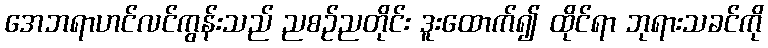
အေဘရာဟင်လင်ကွန်းသည် ညစဉ်ညတိုင်း ဒူးထောက်၍ ထိုင်ရာ ဘုရားသခင်ကို